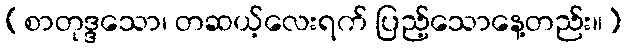
(စာတုဒ္ဒသော၊ တဆယ့်လေးရက် ပြည့်သောနေ့တည်း။)